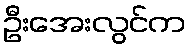
ဦးအေးလွင်က